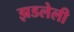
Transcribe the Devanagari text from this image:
झडलेली